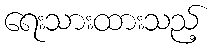
ရေးသားထားသည့်